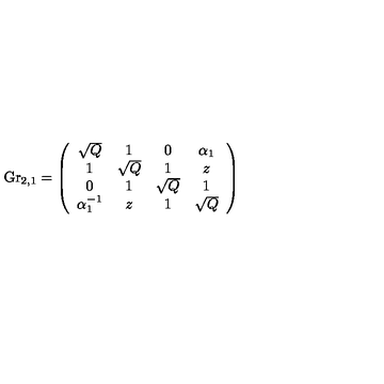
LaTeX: \mathrm { G r } _ { 2 , 1 } = \left( \begin{array} { c c c c c } { \sqrt { Q } } & { 1 } & { 0 } & { \alpha _ { 1 } } \\ { 1 } & { \sqrt { Q } } & { 1 } & { z } \\ { 0 } & { 1 } & { \sqrt { Q } } & { 1 } \\ { \alpha _ { 1 } ^ { - 1 } } & { z } & { 1 } & { \sqrt { Q } } \\ \end{array} \right)